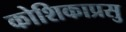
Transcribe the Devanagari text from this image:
कोशिकाप्रसु